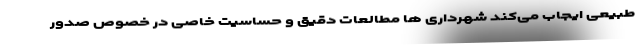
طبیعی ایجاب می‌کند شهرداری ها مطالعات دقیق و حساسیت خاصی در خصوص صدور